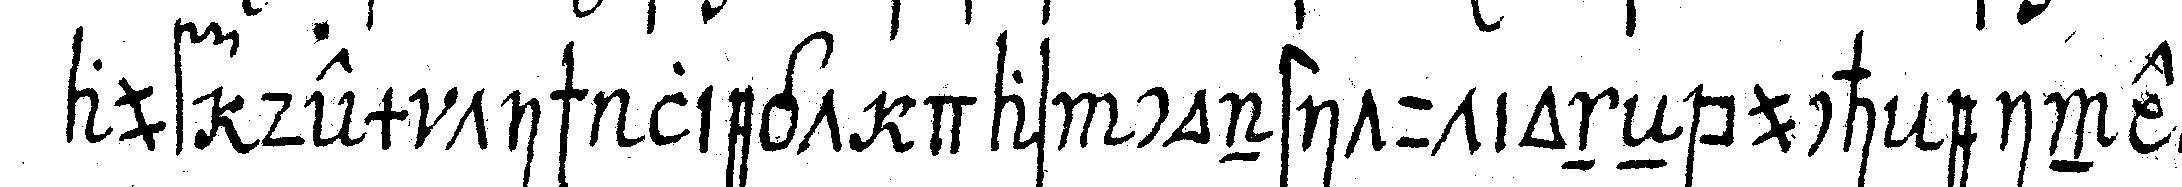
auf dem tisch liegt das constitutioneNbuch eine